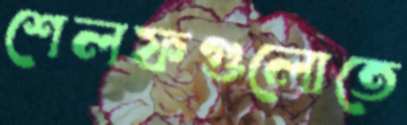
শেলফগুলোতে